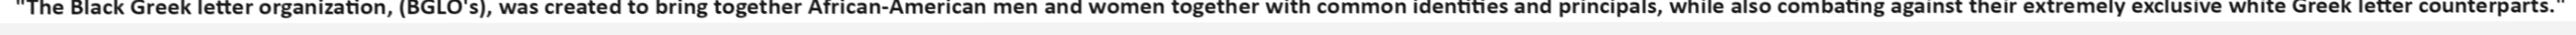
"The Black Greek letter organization, (BGLO's), was created to bring together African-American men and women together with common identities and principals, while also combating against their extremely exclusive white Greek letter counterparts."